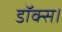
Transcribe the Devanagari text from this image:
डॉक्स।